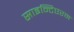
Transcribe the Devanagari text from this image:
साइन्टिएरम